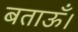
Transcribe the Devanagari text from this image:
बताऊँ।